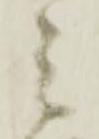
兵